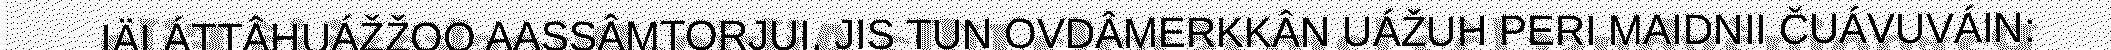
IÄLÁTTÂHUÁŽŽOO AASSÂMTORJUI, JIS TUN OVDÂMERKKÂN UÁŽUH PERI MAIDNII ČUÁVUVÁIN: